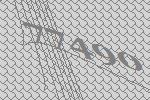
77490